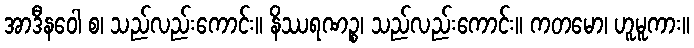
အာဒီနဝေါ စ၊ သည်လည်းကောင်း။ နိဿရဏဉ္စ၊ သည်လည်းကောင်း။ ကတမော၊ ဟူမူကား။